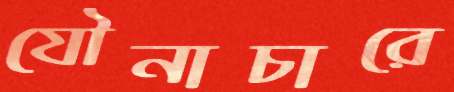
যৌনাচারে